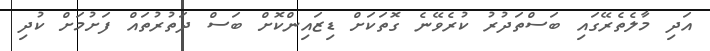
އަދި މާލެތެރޭގައި ބަސްތަދުރު ކުރެވޭނެ ގޮތަކަށް ޑިޒައިންކޮށް ބަސް ދަތުރުތައް ފަށުމަށް ކުދި